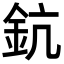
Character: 鈧